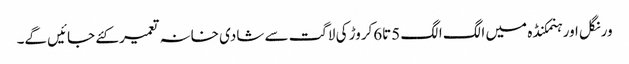
ورنگل اور ہنمکنڈہ میں الگ الگ 5تا6کروڑ کی لاگت سے شادی خانہ تعمیر کئے جائیں گے۔